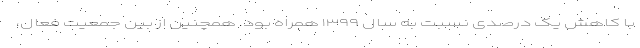
با کاهش یک درصدی نسبت به سال ۱۳۹۹ همراه بود. همچنین از بین جمعیت فعال،